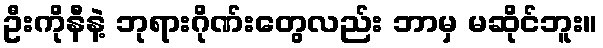
ဦးကိုနီနဲ့ ဘုရားဂိုဏ်းတွေလည်း ဘာမှ မဆိုင်ဘူး။